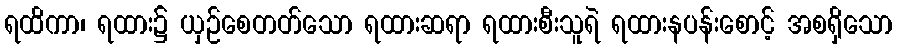
ရထိကာ၊ ရထား၌ ယှဉ်စေတတ်သော ရထားဆရာ ရထားစီးသူရဲ ရထားနပန်းစောင့် အစရှိသော